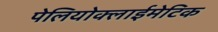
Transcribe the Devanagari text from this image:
पेलियोक्लाईमेटिक